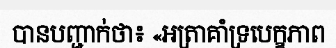
បានបញ្ជាក់ថា៖ «អត្រាគាំទ្របេក្ខភាព